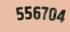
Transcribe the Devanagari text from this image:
५५६७०४